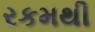
રકમથી